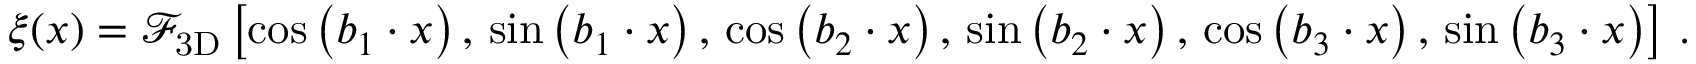
\begin{array} { r } { \xi ( { \boldsymbol x } ) = \mathcal { F } _ { \mathrm { 3 D } } \left[ \cos \left( { \boldsymbol b _ { 1 } } \cdot { \boldsymbol x } \right) , \, \sin \left( { \boldsymbol b _ { 1 } } \cdot { \boldsymbol x } \right) , \, \cos \left( { \boldsymbol b _ { 2 } } \cdot { \boldsymbol x } \right) , \, \sin \left( { \boldsymbol b _ { 2 } } \cdot { \boldsymbol x } \right) , \, \cos \left( { \boldsymbol b _ { 3 } } \cdot { \boldsymbol x } \right) , \, \sin \left( { \boldsymbol b _ { 3 } } \cdot { \boldsymbol x } \right) \right] \, . } \end{array}